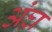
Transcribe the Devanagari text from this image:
अंघ्र